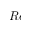
R e